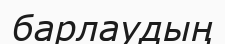
барлаудың